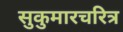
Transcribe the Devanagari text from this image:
सुकुमारचरित्र